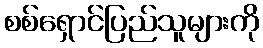
စစ်ရှောင်ပြည်သူများကို